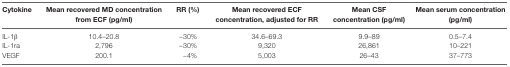
<table><thead><tr><td><b>Cytokine</b></td><td><b>Mean recovered MD concentration from ECF (pg/ml)</b></td><td><b>RR (%)</b></td><td><b>Mean recovered ECF concentration, adjusted for RR</b></td><td><b>Mean CSF concentration (pg/ml)</b></td><td><b>Mean serum concentration (pg/ml)</b></td></tr></thead><tbody><tr><td>IL-1β</td><td>10.4–20.8</td><td>~30%</td><td>34.6–69.3</td><td>9.9–89</td><td>0.5–7.4</td></tr><tr><td>IL-1ra</td><td>2,796</td><td>~30%</td><td>9,320</td><td>26,861</td><td>10–221</td></tr><tr><td>VEGF</td><td>200.1</td><td>~4%</td><td>5,003</td><td>26–43</td><td>37–773</td></tr></tbody></table>